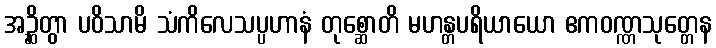
အဉ္ဆိတွာ ပဝိသာမိ သံကိလေသပ္ပဟာနံ တုစ္ဆောတိ မဟန္တပရိယာယော ဧကဝဏ္ဏသုတ္တေန